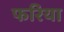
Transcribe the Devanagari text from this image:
फरिया